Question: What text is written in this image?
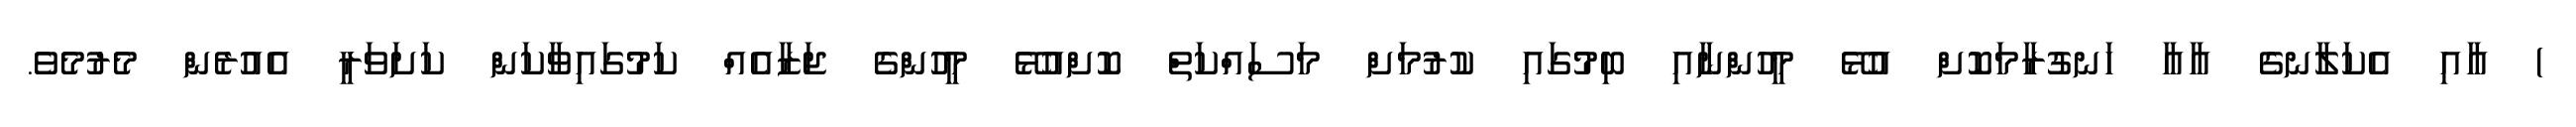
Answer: ) އާއި އެކަލާނގެ އާއާ ހަނގުރާމަކޮށް އުޅޭ މީހުންނާއި ބިމުގައި ކުރުމަށް މަސައްކަތް ކޮށްއުޅޭ މީހުންގެ ޖަޒާއެއް ކަމުގައިވާކަން ކަށަވަރީ އެއުރެން މެރުމެވެ.